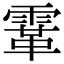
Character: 䨣